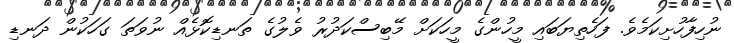
ނުހިފާހުށިކަމެވެ. ފަހެތިޔަބައި މީހުންގެ މީހަކަށް މޭބިސްކަދުރު ވެލުގެ ތަނޑިކޮޅެއް ނުވަތަ ގަހަކުން ދަނޑި